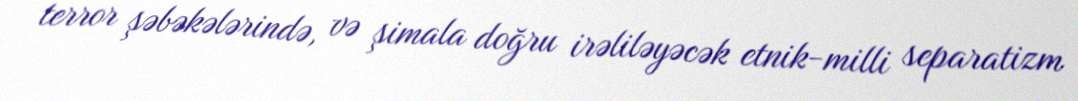
terror şəbəkələrində, və şimala doğru irəliləyəcək etnik-milli separatizm